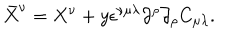
LaTeX: { \bar { X } } ^ { \nu } = X ^ { \nu } + y \epsilon ^ { \nu \mu \lambda } \partial ^ { \rho } \partial _ { \rho } C _ { \mu \lambda } .